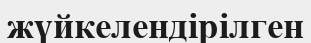
жүйкелендірілген